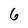
Character: 6